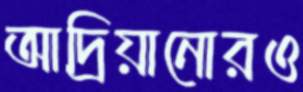
আদ্রিয়ানোরও